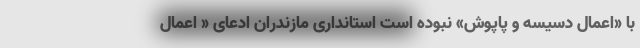
با «اعمال دسیسه و پاپوش» نبوده است استانداری مازندران ادعای « اعمال